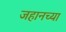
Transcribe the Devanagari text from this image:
जहानच्या